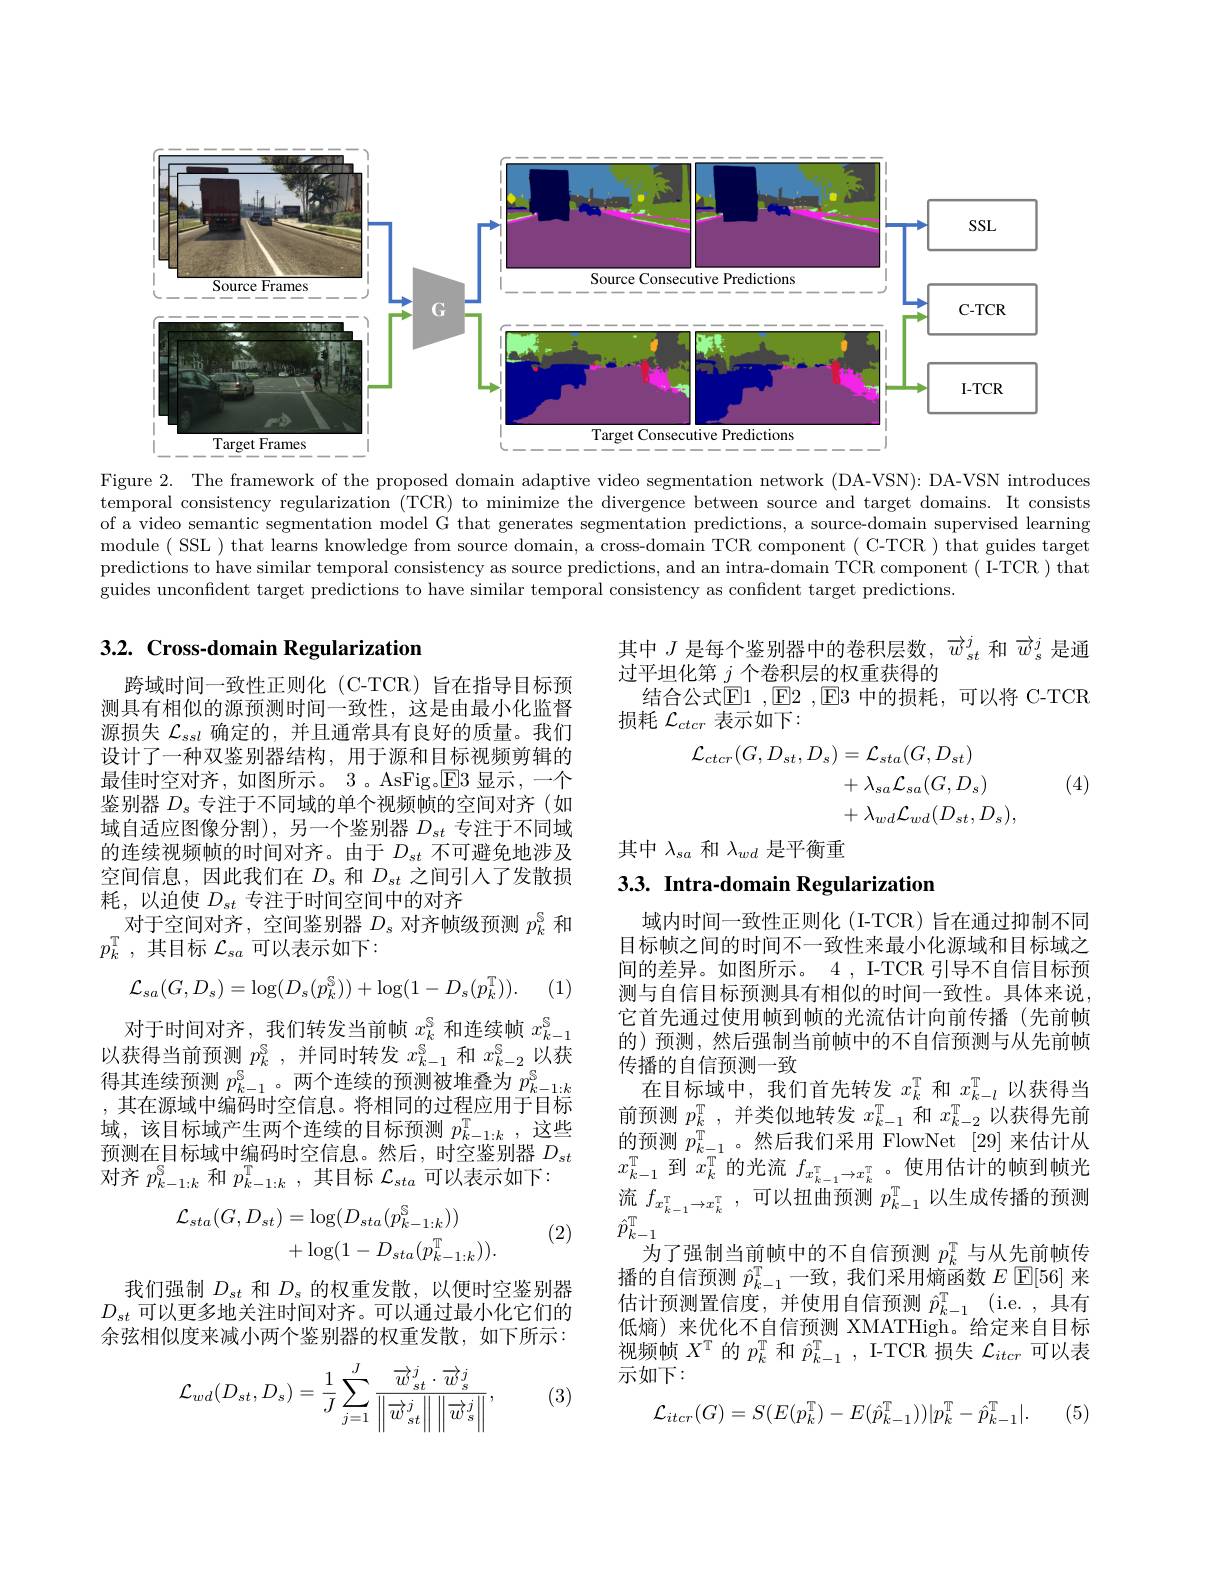
<FigureHere>

Figure 2. The framework of the proposed domain adaptive video segmentation network (DA-VSN): DA-VSN introduces temporal consistency regularization (TCR) to minimize the divergence between source and target domains. It consists of a video semantic segmentation model G that generates segmentation predictions, a source-domain supervised learning module ( SSL ) that learns knowledge from source domain, a cross-domain TCR component ( C-TCR ) that guides target predictions to have similar temporal consistency as source predictions, and an intra-domain TCR component ( I-TCR ) that guides unconfident target predictions to have similar temporal consistency as confident target predictions.

## 3.2. Cross-domain Regularization

其中$J$是每个鉴别器中的卷积层数，$\overrightarrow{w}_{st}^j$和$\overrightarrow{w}_{s}^j$是通
过平坦化第\_$\underline j$个卷积层的权重获得的
结合公式$\operatorname{E1},\operatorname{E2},\operatorname{E3}$中的损耗，可以将 C-TCR
损耗$\mathcal{L}_{ctcr}$表示如下：
$$\begin{aligned}\mathcal{L}_{ctcr}(G,D_{st},D_{s})&=\mathcal{L}_{sta}(G,D_{st})\\&+\lambda_{sa}\mathcal{L}_{sa}(G,D_{s})\\&+\lambda_{wd}\mathcal{L}_{wd}(D_{st},D_{s}),\end{aligned}$$
(4)

跨域时间一致性正则化 (C-TCR) 旨在指导目标预测具有相似的源预测时间一致性，这是由最小化监督源损失$\mathcal{L}_{ssl}$确定的，并且通常具有良好的质量。我们设计了一种双鉴别器结构，用于源和目标视频剪辑的最佳时空对齐，如图所示。3。AsFig。$\overline{\mathrm{E}}$3 显示，一个鉴别器$D_\mathrm{s}$专注于不同域的单个视频帧的空间对齐(如域自适应图像分割),另一个鉴别器$D_{st}$专注于不同域的连续视频帧的时间对齐。由于$D_{st}$不可避免地涉及空间信息，因此我们在$D_s$和$D_st$之间引人了发散损耗，以迫使$D_{st}$专注于时间空间中的对齐
对于空间对齐，空间鉴别器$D_s$对齐帧级预测$p_k^\mathrm{S}$和
$p_k^\mathrm{T}$,其目标 $\mathcal{L}_sa$ 可以表示如下：

其中$\lambda_{sa}$和$\lambda_{wd}$是平衡重

# 3.3. Intra-domain Regularization
$$\mathcal{L}_{sa}(G,D_s)=\log(D_s(p_k^\mathbb{S}))+\log(1-D_s(p_k^\mathbb{T})).$$
(1,

对于时间对齐，我们转发当前帧$x_k^\mathrm{S}$和连续帧$x_k-1^\mathrm{S}$ 以获得当前预测$p_k^\mathrm{s}$,并同时转发$x_{k-1}^\mathrm{s}$和$x_{k-2}^\mathrm{s}$以获得其连续预测$p_k-1^\mathrm{S}$。两个连续的预测被堆叠为$p_k-1:k$ ,其在源域中编码时空信息。将相同的过程应用于目标域，该目标域产生两个连续的目标预测$p_{k-1:k}^\mathrm{T}$,这些预测在目标域中编码时空信息。然后，时空鉴别器$D_{st}$ 对齐$p_k-1:k^{\mathrm{S}}$和$p_k-1:k^{\mathrm{T}}$,其目标$\mathcal{L}_sta$可以表示如下：

域内时间一致性正则化(I-TCR)旨在通过抑制不同目标帧之间的时间不一致性来最小化源域和目标域之间的差异。如图所示。4,I-TCR 引导不自信目标预测与自信目标预测具有相似的时间一致性。具体来说， 它首先通过使用帧到帧的光流估计向前传播(先前帧的)预测，然后强制当前帧中的不自信预测与从先前帧传播的自信预测一致
在目标域中，我们首先转发$x_k^\mathrm{T}$和$x_k-l^\mathrm{T}$以获得当前预测$p_k^\mathrm{T}$ ,并类似地转发$x_k-1^\mathrm{T}$和$x_{k-2}^\mathrm{T}$以获得先前的预测$p_{k-1}^\mathrm{T}$ 。然后我们采用 FlowNet [29]来估计从$x_{k-1}^{\mathrm{T}}$到$x_k^{\mathrm{T}}$的光流$f_x_{k-1}^{\mathrm{T}}\to x_{k}^{\mathrm{T}}$。使用估计的帧到帧光流$f_{x_{k-1}^\mathrm{T}\to x_k^\mathrm{T}}$,可以扭曲预测$\hat p_{k-1}^\mathrm{T}$以生成传播的预测$\hat{p}_{k-1}^{\mathrm{T}}$
为了强制当前帧中的不自信预测$p_k^\mathrm{T}$与从先前帧传播的自信预测$\hat{p}_{k-1}^\mathrm{T}$一致，我们采用熵函数$E$ $\mathbb{E}[56]$来估计预测置信度，并使用自信预测$\hat{p} _{k- 1}^\mathrm{T}$ (i.e.,具有低熵)来优化不自信预测 XMATHigh。给定来自目标视频帧$X^{\mathrm{T}}$的$p_k^{\mathrm{T}}$和$\hat{p}_{k-1}^{\mathrm{T}}$, I-TCR 损失$\mathcal{L}_itcr$可以表示如下：
$$\mathcal{L}_{itcr}(G)=S(E(p_{k}^{\mathrm{T}})-E(\hat{p}_{k-1}^{\mathrm{T}}))|p_{k}^{\mathrm{T}}-\hat{p}_{k-1}^{\mathrm{T}}|.$$
$$\begin{aligned}\mathcal{L}_{sta}(G,D_{st})&=\log(D_{sta}(p_{k-1:k}^{\mathbb{S}}))\\&+\log(1-D_{sta}(p_{k-1:k}^{\mathbb{T}})).\end{aligned}$$
(2)

我们强制$D_{st}$和$D_s$的权重发散，以便时空鉴别器$D_{st}$可以更多地关注时间对齐。可以通过最小化它们的余弦相似度来减小两个鉴别器的权重发散，如下所示：

(3)
$$\mathcal{L}_{wd}(D_{st},D_{s})=\frac{1}{J}\sum_{j=1}^{J}\frac{\overrightarrow{w}_{st}^{j}\cdot\overrightarrow{w}_{s}^{j}}{\left\|\overrightarrow{w}_{st}^{j}\right\|\left\|\overrightarrow{w}_{s}^{j}\right\|},$$
(5)